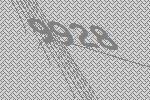
9928